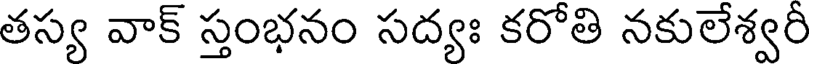
తస్య వాక్ స్తంభనం సద్యః కరోతి నకులేశ్వరీ